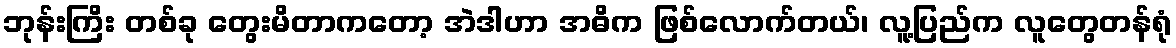
ဘုန်းကြိး တစ်ခု တွေးမိတာကတော့ အဲဒါဟာ အဓိက ဖြစ်လောက်တယ်၊ လူ့ပြည်က လူတွေတန်ရုံ